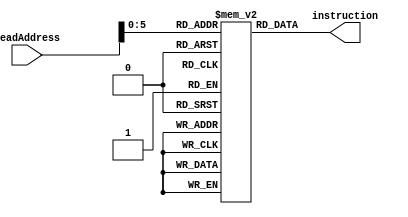
module instructionMemory(readAddress,instruction);
input[31:0] readAddress; output [31:0] instruction;
reg[31:0] instrs[40:0];
// For some reason the value of the register after it is written is displaying one cycle after the instruction in which it is written by $monitor. During the cycle it changes, it is showing as some different value.
// Use invalid opcodes to just display results. The system is designed to do nothing if the opcode is invalid use 32'hBBBBBBBB as the invalid instruction.
initial begin
	instrs[0] = 32'b10001101001010000000000000000000; // lw $t0, 0(t1);
	instrs[4] = 32'b10001101010010010000000000000000; //  lw $t1 , 0 ($t2);
	instrs[8] = 32'b00000001001010000101000000100000; // add $t2 $t1 $t0;
	instrs[12] = 32'b10101101011010100000000000000000; // sw $t2 0x0000($t3)
	// instrs[13] = 32'b00000001010010110100100000100000;
	// instrs[14] = 32'b00000001010010110100100000100000;
	// instrs[15] = 32'b00000001010010110100100000100000;
	instrs[16] = 32'b10001101011010000000000000000000; // lw $t0 0x0000($t3)
	// instrs[17] = 32'b00000001010010110100100000100000;
	// instrs[18] = 32'b00000001010010110100100000100000;
	// instrs[19] = 32'b00000001010010110100100000100000;
	instrs[20] = 32'b00000001000010010100000000100010; // sub $t0 $t0 $t1
	// instrs[21] = 32'b00000001010010110100100000100000;
	// instrs[22] = 32'b00000001010010110100100000100000;
	// instrs[23] = 32'b00000001010010110100100000100000;
	instrs[24] = 32'b00000001000010010100000000100000; // add $t0 $t0 $t1
	// instrs[25] = 32'b00000001010010110100100000100000;
	// instrs[26] = 32'b00000001010010110100100000100000;
	// instrs[27] = 32'b00000001010010110100100000100000;
	instrs[28] = 32'b00000001000010100100000000100000; // add $t0 $t0 $t2
	// instrs[29] = 32'b00000001010010110100100000100000;
	// instrs[30] = 32'b00000001010010110100100000100000;
	// instrs[31] = 32'b00000001010010110100100000100000;
	instrs[32] = 32'b10001101101010000000000000000100; //lw $t0 0x0004 $t5
	
	instrs[36] = 32'hBBBBBBBB;
end

assign instruction = instrs[readAddress];
endmodule

module dataMemory(clk,address,d,MemRead,MemWrite,writeData,invalid);
input clk;
input[31:0] address; input MemRead; input MemWrite; input[31:0] writeData;
input invalid;
output [31:0] d;
reg[31:0] data[31:0];
initial begin
	data[0] = 32'd1234;
	data[1] = 32'd1234;
	data[2] = 32'd1234;
	data[3] = 32'd1234;
	data[4] = 32'd1234;
	data[5] = 32'd1234;
	data[6] = 32'd1234;
	data[7] = 32'd1234;
	data[8] = 32'd1234;
	data[9] = 32'd1234;
	data[10] = 32'd1234;
	data[11] = 32'd1234;
	data[12] = 32'd1234;
	data[13] = 32'd1234;
	data[14] = 32'd1234;
	data[15] = 32'd1234;
	data[16] = 32'd1234;
	data[17] = 32'd1234;
	data[18] = 32'd1234;
	data[19] = 32'd1234;
	data[20] = 32'd1234;
	data[21] = 32'd1234;
	data[22] = 32'd1234;
	data[23] = 32'd1234;
	data[24] = 32'd1234;
	data[25] = 32'd1234;
	data[26] = 32'd1234;
	data[27] = 32'd1234;
	data[28] = 32'd1234;
	data[29] = 32'd1234;
	data[30] = 32'd1234;
	data[31] = 32'd1234;
end

/*Did not work for posedge MemRead and MemWrite, figure out why*/
assign d = (MemRead == 1'b1 && invalid == 1'b0) ? data[address] : 32'd0;
	
always @(posedge clk)
	if(MemWrite == 1'b1 && invalid == 1'b0)
		data[address] = writeData;
	
endmodule

module leftShifter(inp,oup);
input[31:0] inp; output[31:0] oup;
assign oup = inp << 2;
endmodule

module decoder3_8(a,b,c,op);
input a,b,c;
output[7:0] op;
assign op[0] = ~a & ~b & ~c;
assign op[1] = ~a & ~b & c;
assign op[2] = ~a & b & ~c;
assign op[3] = ~a & b & c;
assign op[4] = a & ~b & ~c;
assign op[5] = a & ~b & c;
assign op[6] = a & b & ~c;
assign op[7] = a & b & c;
endmodule

module adder(x,y,z,s,c);
input x,y,z;
output s,c;
wire[7:0] op;
decoder3_8 d(x,y,z,op);
assign s = op[1] | op[2] | op[4] | op[7];
assign c = op[3] | op[5] | op[6] | op[7];
endmodule

module adder_8(x,y,cin,s,cout,of);
input[7:0] x,y;
input cin;
output[7:0] s;
output cout;
output of;
wire[6:0] carry;
adder a1(x[0],y[0],cin,s[0],carry[0]);
adder a2(x[1],y[1],carry[0],s[1],carry[1]);
adder a3(x[2],y[2],carry[1],s[2],carry[2]);
adder a4(x[3],y[3],carry[2],s[3],carry[3]);
adder a5(x[4],y[4],carry[3],s[4],carry[4]);
adder a6(x[5],y[5],carry[4],s[5],carry[5]);
adder a7(x[6],y[6],carry[5],s[6],carry[6]);
adder a8(x[7],y[7],carry[6],s[7],cout);
assign of = carry[6]^cout;
endmodule

module adder_32(x,y,cin,s,cout,of);
input[31:0] x,y;
input cin;
output[31:0] s;
output cout;
wire[4:0] carry;
wire[2:0] dump;
output of;
adder_8 a1(x[7:0],y[7:0],cin,s[7:0],carry[0],dump[0]);
adder_8 a2(x[15:8],y[15:8],carry[0],s[15:8],carry[1],dump[1]);
adder_8 a3(x[23:16],y[23:16],carry[1],s[23:16],carry[2],dump[2]);
adder_8 a4(x[31:24],y[31:24],carry[2],s[31:24],cout,of);
endmodule

module sign_extender(in,out);
input[15:0] in; output reg[31:0] out;
integer i;
always @(*) begin
	for(i=0; i < 32; i=i+1) begin
		if(i > 15)
			out[i] = in[15];
		else
			out[i] = in[i];
	end
end
endmodule

/*****Register File***/
module dff_async_clear(d,clear_neg,clk,q);
input d; input clear_neg; input clk; output reg q;
		
always @(posedge clk or negedge clear_neg) begin
	if(!clear_neg)
		q <= 1'b0;
	else 
		q <= d;
end
endmodule

module reg_32(d,q,clk,clear_neg);
input[31:0] d; output [31:0] q; input clk; input clear_neg;
genvar i;
generate 
	for(i=0; i < 32; i=i+1) begin
		dff_async_clear flipflop(d[i],clear_neg,clk,q[i]);
	end
endgenerate

endmodule

module reg_select_mux(regNo,q0,q1,q2,q3,q4,q5,q6,q7,q8,q9,q10,q11,q12,q13,q14,q15,q16,q17,q18,q19,q20,q21,q22,q23,q24,q25,q26,q27,q28,q29,q30,q31,regData);
input[4:0] regNo;
input[31:0] q0; input[31:0] q1; input[31:0] q2;input[31:0] q3;input[31:0] q4;input[31:0] q5;input[31:0] q6;input[31:0] q7;input[31:0] q8;input[31:0] q9;input[31:0] q10;input[31:0] q11;input[31:0] q12;input[31:0] q13;input[31:0] q14;input[31:0] q15;input[31:0] q16;input[31:0] q17;
input[31:0] q18;input[31:0] q19;input[31:0] q20;input[31:0] q21;input[31:0] q22;input[31:0] q23;input[31:0] q24;input[31:0] q25;input[31:0] q26;input[31:0] q27;input[31:0] q28;input[31:0] q29;input[31:0] q30;input[31:0] q31;
output reg[31:0] regData;
always @(*) begin
	if(regNo == 5'd0)
		regData = q0;
	else if(regNo == 5'd1)
		regData = q1;
	else if(regNo == 5'd2)
		regData = q2;
	else if(regNo == 5'd3)
		regData = q3;
	else if(regNo == 5'd4)
		regData = q4;
	else if(regNo == 5'd5)
		regData = q5;
	else if(regNo == 5'd6)
		regData = q6;
	else if(regNo == 5'd7)
		regData = q7;
	else if(regNo == 5'd8)
		regData = q8;
	else if(regNo == 5'd9)
		regData = q9;
	else if(regNo == 5'd10)
		regData = q10;
	else if(regNo == 5'd11)
		regData = q11;
	else if(regNo == 5'd12)
		regData = q12;
	else if(regNo == 5'd13)
		regData = q13;
	else if(regNo == 5'd14)
		regData = q14;
	else if(regNo == 5'd15)
		regData = q15;
	else if(regNo == 5'd16)
		regData = q16;
	else if(regNo == 5'd17)
		regData = q17;
	else if(regNo == 5'd18)
		regData = q18;
	else if(regNo == 5'd19)
		regData = q19;
	else if(regNo == 5'd20)
		regData = q20;
	else if(regNo == 5'd21)
		regData = q21;
	else if(regNo == 5'd22)
		regData = q22;
	else if(regNo == 5'd23)
		regData = q23;
	else if(regNo == 5'd24)
		regData = q24;
	else if(regNo == 5'd25)
		regData = q25;
	else if(regNo == 5'd26)
		regData = q26;
	else if(regNo == 5'd27)
		regData = q27;
	else if(regNo == 5'd28)
		regData = q28;
	else if(regNo == 5'd29)
		regData = q29;
	else if(regNo == 5'd30)
		regData = q30;
	else if(regNo == 5'd31)
		regData = q31;

end
endmodule

module reg_select_decoder(regNo,regSelect);
input[4:0] regNo; output reg[31:0] regSelect;
always @(*) begin
	if(regNo == 5'd0)
		regSelect = 32'd1;
	else if(regNo == 5'd1)
		regSelect = 32'd2;
	else if(regNo == 5'd2)
		regSelect = 32'd4;
	else if(regNo == 5'd3)
		regSelect = 32'd8;
	else if(regNo == 5'd4)
		regSelect = 32'd16;
	else if(regNo == 5'd5)
		regSelect = 32'd32;
	else if(regNo == 5'd6)
		regSelect = 32'd64;
	else if(regNo == 5'd7)
		regSelect = 32'd128;
	else if(regNo == 5'd8)
		regSelect = 32'd256;
	else if(regNo == 5'd9)
		regSelect = 32'd512;
	else if(regNo == 5'd10)
		regSelect = 32'd1024;
	else if(regNo == 5'd11)
		regSelect = 32'd2048;
	else if(regNo == 5'd12)
		regSelect = 32'd4096;
	else if(regNo == 5'd13)
		regSelect = 32'd8192;
	else if(regNo == 5'd14)
		regSelect = 32'd16384;
	else if(regNo == 5'd15)
		regSelect = 32'd32768;
	else if(regNo == 5'd16)
		regSelect = 32'd65536;
	else if(regNo == 5'd17)
		regSelect = 32'd131072;
	else if(regNo == 5'd18)
		regSelect = 32'd262144;
	else if(regNo == 5'd19)
		regSelect = 32'd524288;
	else if(regNo == 5'd20)
		regSelect = 32'h00100000;
	else if(regNo == 5'd21)
		regSelect = 32'h00200000;
	else if(regNo == 5'd22)
		regSelect = 32'h00400000;
	else if(regNo == 5'd23)
		regSelect = 32'h00800000;
	else if(regNo == 5'd24)
		regSelect = 32'h01000000;
	else if(regNo == 5'd25)
		regSelect = 32'h02000000;
	else if(regNo == 5'd26)
		regSelect = 32'h04000000;
	else if(regNo == 5'd27)
		regSelect = 32'h08000000;
	else if(regNo == 5'd28)
		regSelect = 32'h10000000;
	else if(regNo == 5'd29)
		regSelect = 32'h20000000;
	else if(regNo == 5'd30)
		regSelect = 32'h40000000;
	else if(regNo == 5'd31)
		regSelect = 32'h80000000;
	
end	
endmodule

module registerFile(clk,clear,readReg1,readReg2,writeReg,writeData,regWrite,readData1,readData2,invalid);
input clk; input clear; input[4:0] readReg1; input[4:0] readReg2; input[4:0] writeReg; input regWrite; input[31:0] writeData; input invalid;
output[31:0] readData1; output[31:0] readData2;
wire[31:0] whichRegisterToWrite;
reg_select_decoder decoder(writeReg,whichRegisterToWrite);
wire[31:0] q0; wire[31:0] q1;wire[31:0] q2;wire[31:0] q3;wire[31:0] q4;wire[31:0] q5;wire[31:0] q6;wire[31:0] q7;wire[31:0] q8;wire[31:0] q9;wire[31:0] q10;wire[31:0] q11;wire[31:0] q12;wire[31:0] q13;wire[31:0] q14;wire[31:0] q15;wire[31:0] q16;
wire[31:0] q17;wire[31:0] q18;wire[31:0] q19;wire[31:0] q20;wire[31:0] q21;wire[31:0] q22;wire[31:0] q23;wire[31:0] q24;wire[31:0] q25;wire[31:0] q26;wire[31:0] q27;wire[31:0] q28;wire[31:0] q29;wire[31:0] q30;
wire[31:0] q31;
reg_32 reg0(writeData,q0,clk&regWrite&whichRegisterToWrite[0]&!invalid,clear);
reg_32 reg1(writeData,q1,clk&regWrite&whichRegisterToWrite[1]&!invalid,clear);
reg_32 reg2(writeData,q2,clk&regWrite&whichRegisterToWrite[2]&!invalid,clear);
reg_32 reg3(writeData,q3,clk&regWrite&whichRegisterToWrite[3]&!invalid,clear);
reg_32 reg4(writeData,q4,clk&regWrite&whichRegisterToWrite[4]&!invalid,clear);
reg_32 reg5(writeData,q5,clk&regWrite&whichRegisterToWrite[5]&!invalid,clear);
reg_32 reg6(writeData,q6,clk&regWrite&whichRegisterToWrite[6]&!invalid,clear);
reg_32 reg7(writeData,q7,clk&regWrite&whichRegisterToWrite[7]&!invalid,clear);
reg_32 reg8(writeData,q8,clk&regWrite&whichRegisterToWrite[8]&!invalid,clear);
reg_32 reg9(writeData,q9,clk&regWrite&whichRegisterToWrite[9]&!invalid,clear);
reg_32 reg10(writeData,q10,clk&regWrite&whichRegisterToWrite[10]&!invalid,clear);
reg_32 reg11(writeData,q11,clk&regWrite&whichRegisterToWrite[11]&!invalid,clear);
reg_32 reg12(writeData,q12,clk&regWrite&whichRegisterToWrite[12]&!invalid,clear);
reg_32 reg13(writeData,q13,clk&regWrite&whichRegisterToWrite[13]&!invalid,clear);
reg_32 reg14(writeData,q14,clk&regWrite&whichRegisterToWrite[14]&!invalid,clear);
reg_32 reg15(writeData,q15,clk&regWrite&whichRegisterToWrite[15]&!invalid,clear);
reg_32 reg16(writeData,q16,clk&regWrite&whichRegisterToWrite[16]&!invalid,clear);
reg_32 reg17(writeData,q17,clk&regWrite&whichRegisterToWrite[17]&!invalid,clear);
reg_32 reg18(writeData,q18,clk&regWrite&whichRegisterToWrite[18]&!invalid,clear);
reg_32 reg19(writeData,q19,clk&regWrite&whichRegisterToWrite[19]&!invalid,clear);
reg_32 reg20(writeData,q20,clk&regWrite&whichRegisterToWrite[20]&!invalid,clear);
reg_32 reg21(writeData,q21,clk&regWrite&whichRegisterToWrite[21]&!invalid,clear);
reg_32 reg22(writeData,q22,clk&regWrite&whichRegisterToWrite[22]&!invalid,clear);
reg_32 reg23(writeData,q23,clk&regWrite&whichRegisterToWrite[23]&!invalid,clear);
reg_32 reg24(writeData,q24,clk&regWrite&whichRegisterToWrite[24]&!invalid,clear);
reg_32 reg25(writeData,q25,clk&regWrite&whichRegisterToWrite[25]&!invalid,clear);
reg_32 reg26(writeData,q26,clk&regWrite&whichRegisterToWrite[26]&!invalid,clear);
reg_32 reg27(writeData,q27,clk&regWrite&whichRegisterToWrite[27]&!invalid,clear);
reg_32 reg28(writeData,q28,clk&regWrite&whichRegisterToWrite[28]&!invalid,clear);
reg_32 reg29(writeData,q29,clk&regWrite&whichRegisterToWrite[29]&!invalid,clear);
reg_32 reg30(writeData,q30,clk&regWrite&whichRegisterToWrite[30]&!invalid,clear);
reg_32 reg31(writeData,q31,clk&regWrite&whichRegisterToWrite[31]&!invalid,clear);

reg_select_mux mux1(readReg1,q0,q1,q2,q3,q4,q5,q6,q7,q8,q9,q10,q11,q12,q13,q14,q15,q16,q17,q18,q19,q20,q21,q22,q23,q24,q25,q26,q27,q28,q29,q30,q31,readData1);
reg_select_mux mux2(readReg2,q0,q1,q2,q3,q4,q5,q6,q7,q8,q9,q10,q11,q12,q13,q14,q15,q16,q17,q18,q19,q20,q21,q22,q23,q24,q25,q26,q27,q28,q29,q30,q31,readData2);
endmodule

/********/

/*** Mips control ***/
/*******Mux of the ALU*********/
module bt1_3_1mux(inp1,inp2,inp3,sel,oup);
input inp1; input inp2; input inp3; input[1:0] sel;
output oup;
assign oup = (sel == 2'b00) ? inp1 : (sel == 2'b01 ? inp2 : inp3); 
endmodule

module bt4_3_1mux(inp1,inp2,inp3,sel,oup);
input[3:0] inp1; input[3:0] inp2; input[3:0] inp3; input[1:0] sel;
output[3:0] oup;
bt1_3_1mux bt1(inp1[0],inp2[0],inp3[0],sel,oup[0]);
bt1_3_1mux bt2(inp1[1],inp2[1],inp3[1],sel,oup[1]);
bt1_3_1mux bt3(inp1[2],inp2[2],inp3[2],sel,oup[2]);
bt1_3_1mux bt4(inp1[3],inp2[3],inp3[3],sel,oup[3]);
endmodule

module bt8_3_1mux(inp1,inp2,inp3,sel,oup);
input[7:0] inp1; input[7:0] inp2; input[7:0] inp3; input[1:0] sel;
output[7:0] oup;
bt4_3_1mux bt1(inp1[3:0],inp2[3:0],inp3[3:0],sel,oup[3:0]);
bt4_3_1mux bt2(inp1[7:4],inp2[7:4],inp3[7:4],sel,oup[7:4]);
endmodule

module bt32_3_1mux(inp1,inp2,inp3,sel,oup);
input[31:0] inp1; input[31:0] inp2; input[31:0] inp3; input[1:0] sel;
output[31:0] oup;
bt8_3_1mux bt1(inp1[7:0],inp2[7:0],inp3[7:0],sel,oup[7:0]);
bt8_3_1mux bt2(inp1[15:8],inp2[15:8],inp3[15:8],sel,oup[15:8]);
bt8_3_1mux bt3(inp1[23:16],inp2[23:16],inp3[23:16],sel,oup[23:16]);
bt8_3_1mux bt4(inp1[31:24],inp2[31:24],inp3[31:24],sel,oup[31:24]);
endmodule

module bt5_2_1mux(inp1,inp2,sel,oup);
input[4:0] inp1; input[4:0] inp2; input sel; output [4:0] oup;
assign oup = sel == 1'b0 ? inp1 : inp2;
endmodule

module bt32_2_1mux(inp1,inp2,sel,oup);
input[31:0] inp1; input[31:0] inp2; input sel; output reg[31:0] oup;
always @(*) begin
	if(sel == 1'b0)
		oup = inp1;
	else
		oup = inp2;
end
endmodule
/*********Gates of the ALU**********/

module and_32(inp1,inp2,oup);
input[31:0] inp1; input[31:0] inp2; output reg[31:0] oup;
integer i;
always @(*) begin
	for(i=0; i <= 31; i=i+1) begin
		oup[i] = inp1[i] & inp2[i];
	end
end
endmodule

module or_32(inp1,inp2,oup);
input[31:0] inp1; input[31:0] inp2; output reg[31:0] oup;
integer i;
always @(*) begin
	for(i=0; i <= 31; i=i+1) begin
		oup[i] = inp1[i] | inp2[i];
	end
end
endmodule

/*******************/

module flipper(inp,m,oup);
input[31:0] inp;
input m;
output reg[31:0] oup;
integer i;
always @(*) begin
	for(i=0; i < 32; i=i+1)	begin
		oup[i] = inp[i] ^ m;
		end
	end
endmodule

module adder_cum_subtracter_32(x,y,m,s,cout,of);
input[31:0] x,y;
output[31:0] s;
output cout;
input m;
output of;
wire[31:0] sOp;
flipper fp(y,m,sOp);
adder_32 ad(x,sOp,m,s,cout,of);
endmodule
/******************/

/*****ALU Control***/
module aluControl(inp1,inp2,bitVert,operation,oup,zero);
input[31:0] inp1; input[31:0] inp2; output[31:0] oup; output reg zero; input bitVert; input[1:0] operation;
wire[31:0] addRes; wire carryRes; wire overflowDetect;
wire[31:0] andRes;
wire[31:0] orRes;
adder_cum_subtracter_32 add(inp1,inp2,bitVert,addRes,carryRes,overflowDetect);
and_32 ander(inp1,inp2,andRes);
or_32 orer(inp1,inp2,orRes);
bt32_3_1mux muxer(andRes,orRes,addRes,operation,oup);
always @(*) begin
	if(oup == 32'b0)
		zero = 1'b1;
	else
		zero = 1'b0;
end

endmodule

/*******/

/****Main Control*****/
module mainControl(opcode,RegDst,RegWrite,AluSrc,AluOp,MemWrite,MemRead,MemToReg,Branch,invalid);
input[5:0] opcode;
output RegDst; output RegWrite; output AluSrc; output[1:0] AluOp; output MemWrite; output MemRead; output MemToReg; output Branch; output invalid;
wire rformat; wire lw; wire sw; wire beq;

assign rformat = (~opcode[0]) & (~opcode[1]) & (~opcode[2]) & (~opcode[3]) & (~opcode[4]) & (~opcode[5]); 
assign lw = opcode[0] & opcode[1] & ~opcode[2] & ~opcode[3] & ~opcode[4] & opcode[5];
assign sw = opcode[0] & opcode[1] & ~opcode[2] & opcode[3] & ~opcode[4] & opcode[5];
assign beq = ~opcode[0] & ~opcode[1] & opcode[2] & ~opcode[3] & ~opcode[4] & ~opcode[5];

assign invalid = ~rformat & ~lw & ~sw & ~beq;

assign RegDst = rformat;
assign AluSrc = lw | sw;
assign RegWrite = rformat | lw;
assign MemToReg = lw;
assign MemRead = lw;
assign MemWrite = sw;
assign Branch = beq;
assign AluOp[1] = rformat;
assign AluOp[0] =  Branch;

endmodule

module mapToALU(ALUOp, func, operation,bitVert);
input[1:0] ALUOp; input[5:0] func; output reg[1:0] operation; output reg bitVert;
always @(*) begin
	if(ALUOp == 2'b00) begin
		operation = 2'b10;
		bitVert = 1'b0;
	end
	else if(ALUOp == 2'b01) begin
		operation = 2'b01;
		bitVert = 1'b1;
	end
	else if(ALUOp[1] == 1'b1 && func[3:0] == 4'b0000) begin
		operation = 2'b10;
		bitVert = 1'b0;
	end
	else if(ALUOp[1] == 1'b1 && func[3:0] == 4'b0010) begin
		operation = 2'b10;
		bitVert =1'b0;
	end
	else if(ALUOp[1] == 1'b1 && func[3:0] == 4'b0100) begin
		operation = 2'b00;
	end
	else if(ALUOp[1] == 1'b1 && func[3:0] == 4'b0101)
		operation = 2'b01;
	// No slt capability yet
end
endmodule
/********/
/******/

module mips(clk,reset_pc,clear_regFile);
input clk; input reset_pc; input clear_regFile; wire[31:0] instruction; wire[31:0] pc_res; wire[31:0] pc_adder_res; wire pc_carry; wire pc_overflow;
wire[31:0] regRead1; wire[31:0] regRead2;
wire RegDst; wire RegWrite; wire[1:0] AluOp; wire AluSrc; wire MemToReg; wire MemRead; wire MemWrite; wire Branch; wire invalid;
wire[4:0] writeReg; wire[31:0] signExteneded;
wire[31:0] aluSecond; wire[1:0] finalAluInp; wire bitVert; wire[31:0] aluRes; wire aluZero;
wire[31:0] data; wire[31:0] writeData;
wire[31:0] branchTargetOperand;
wire[31:0] branch_target; wire branch_target_overflow; wire branch_target_carry;
wire[31:0] next_address;
// Set reset_pc to 0 when pc is to be overwritten with some value
reg_32 pc(next_address,pc_res,clk,reset_pc);
adder_32 pc_adder(pc_res,32'd4,1'b0,pc_adder_res,pc_carry,pc_overflow);
instructionMemory instr_mem(pc_res,instruction);
mainControl mc(instruction[31:26],RegDst,RegWrite,AluSrc,AluOp,MemWrite,MemRead,MemToReg,Branch,invalid);
mapToALU mp(AluOp,instruction[5:0],finalAluInp,bitVert);
bt5_2_1mux RtOrRd(instruction[20:16],instruction[15:11],RegDst,writeReg);
sign_extender se(instruction[15:0],signExteneded);
registerFile r_file(clk,clear_regFile,instruction[25:21],instruction[20:16],writeReg,writeData,RegWrite,regRead1,regRead2,invalid);
bt32_2_1mux aluSecondOperand(regRead2,signExteneded,AluSrc,aluSecond);
aluControl alu(regRead1,aluSecond,bitVert,finalAluInp,aluRes,aluZero);
dataMemory data_memory(clk,aluRes,data,MemRead,MemWrite,regRead2,invalid);
bt32_2_1mux aluOrMemData(aluRes,data,MemToReg,writeData);
leftShifter ls(signExteneded,branchTargetOperand);
adder_32 next_instr_address(pc_adder_res,branchTargetOperand,1'b0,branch_target,branch_target_carry,branch_target_overflow);
bt32_2_1mux nextAddress(pc_adder_res,branch_target,Branch&aluZero,next_address);
endmodule

module test_mips;
reg clk; reg reset_pc; reg clear_regFile;
mips m(clk,reset_pc,clear_regFile);

always @(clk)
	#40 clk <= ~clk;

initial begin
	$monitor($time," The contents of register pc,t0,t1,t2 are %d %d %d %d %d %d" ,m.pc_res,m.instruction[25:21],m.instruction[20:16],m.writeData,m.regRead1,m.regRead2); 
	#0 	clk = 1'b0; reset_pc = 1'b1; clear_regFile = 1'b1;
	#1 reset_pc = 1'b0; clear_regFile = 1'b0;
	#5 reset_pc = 1'b1; clear_regFile = 1'b1;
	#800 $finish;
end
endmodule